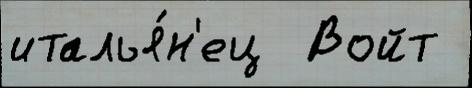
италья́н'ец  Войт